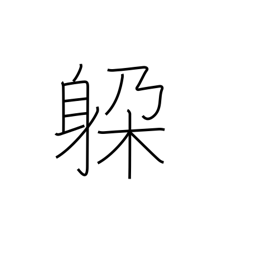
Meaning: dodge